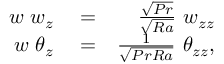
\begin{array} { r l r } { w \ w _ { z } } & { { } = } & { \frac { \sqrt { P r } } { \sqrt { R a } } \ w _ { z z } } \\ { w \ \theta _ { z } } & { { } = } & { \frac { 1 } { \sqrt { P r R a } } \ \theta _ { z z } , } \end{array}